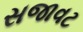
સજાવટ